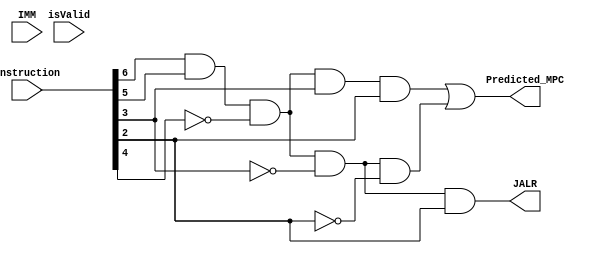
`timescale 1ns / 1ps
//////////////////////////////////////////////////////////////////////////////////
// Company: 
// Engineer: 
// 
// Design Name: 
// Module Name: Branch_predictor
// Project Name: 
// Target Devices: 
// Tool Versions: 
// Description: 
// 
// Dependencies: 
// 
// Revision:
// Revision 0.01 - File Created
// Additional Comments:
// 
//////////////////////////////////////////////////////////////////////////////////


module Branch_predictor#(parameter size = 32)(
    input [size-1 : 0] instruction,
    input [size-1 : 0] IMM,
    input isValid,
    output Predicted_MPC,
	output JALR);

	wire J;
	wire B;

	assign J = instruction[6] & instruction[5] & ~instruction[4] & instruction[3] & instruction[2];
	assign B = instruction[6] & instruction[5] & ~instruction[4] & ~instruction[3] & ~instruction[2];
    




    assign Predicted_MPC = J | (B & 1'b1);
	assign JALR = (instruction[6] & instruction[5] & ~instruction[4] & ~instruction[3] & instruction[2]);






endmodule